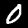
Digit: 0